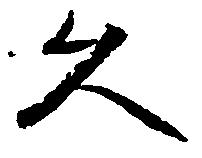
久